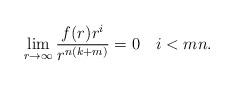
LaTeX: \begin{align*} \lim_{r \to \infty} \dfrac{f(r)r^i}{r^{n(k+m)}} = 0 \ \ \ i < mn.\end{align*}